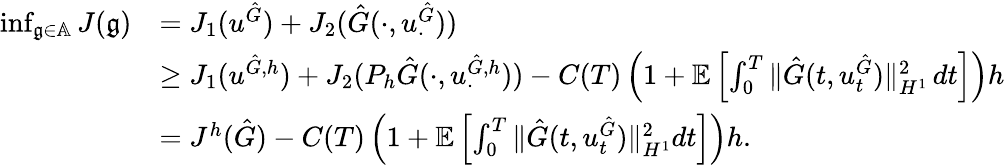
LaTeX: \begin{array}{rl}{\operatorname*{inf}_{\mathfrak{g}\in\mathbb{A}}J(\mathfrak{g})}&{=J_{1}(u^{{\hat{G}}})+J_{2}(\hat{G}(\cdot,u_{\cdot}^{\hat{G}}))}\\ &{\geq J_{1}(u^{\hat{G},h})+J_{2}(P_{h}\hat{G}(\cdot,u_{\cdot}^{\hat{G},h}))-C(T)\left(1+\mathbb{E}\left[\int_{0}^{T}\| \hat{G}(t,u_{t}^{\hat{G}})\| _{H^{1}}^{2}\, dt\right]\right)h}\\ &{=J^{h}(\hat{G})-C(T)\left(1+\mathbb{E}\left[\int_{0}^{T}\| \hat{G}(t,u_{t}^{\hat{G}})\| _{H^{1}}^{2}dt\right]\right)h.}\end{array}